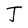
Character: J